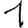
Digit: 1